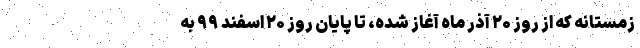
زمستانه که از روز ۲۰ آذر ماه آغاز شده، تا پایان روز ۲۰ اسفند ۹۹ به